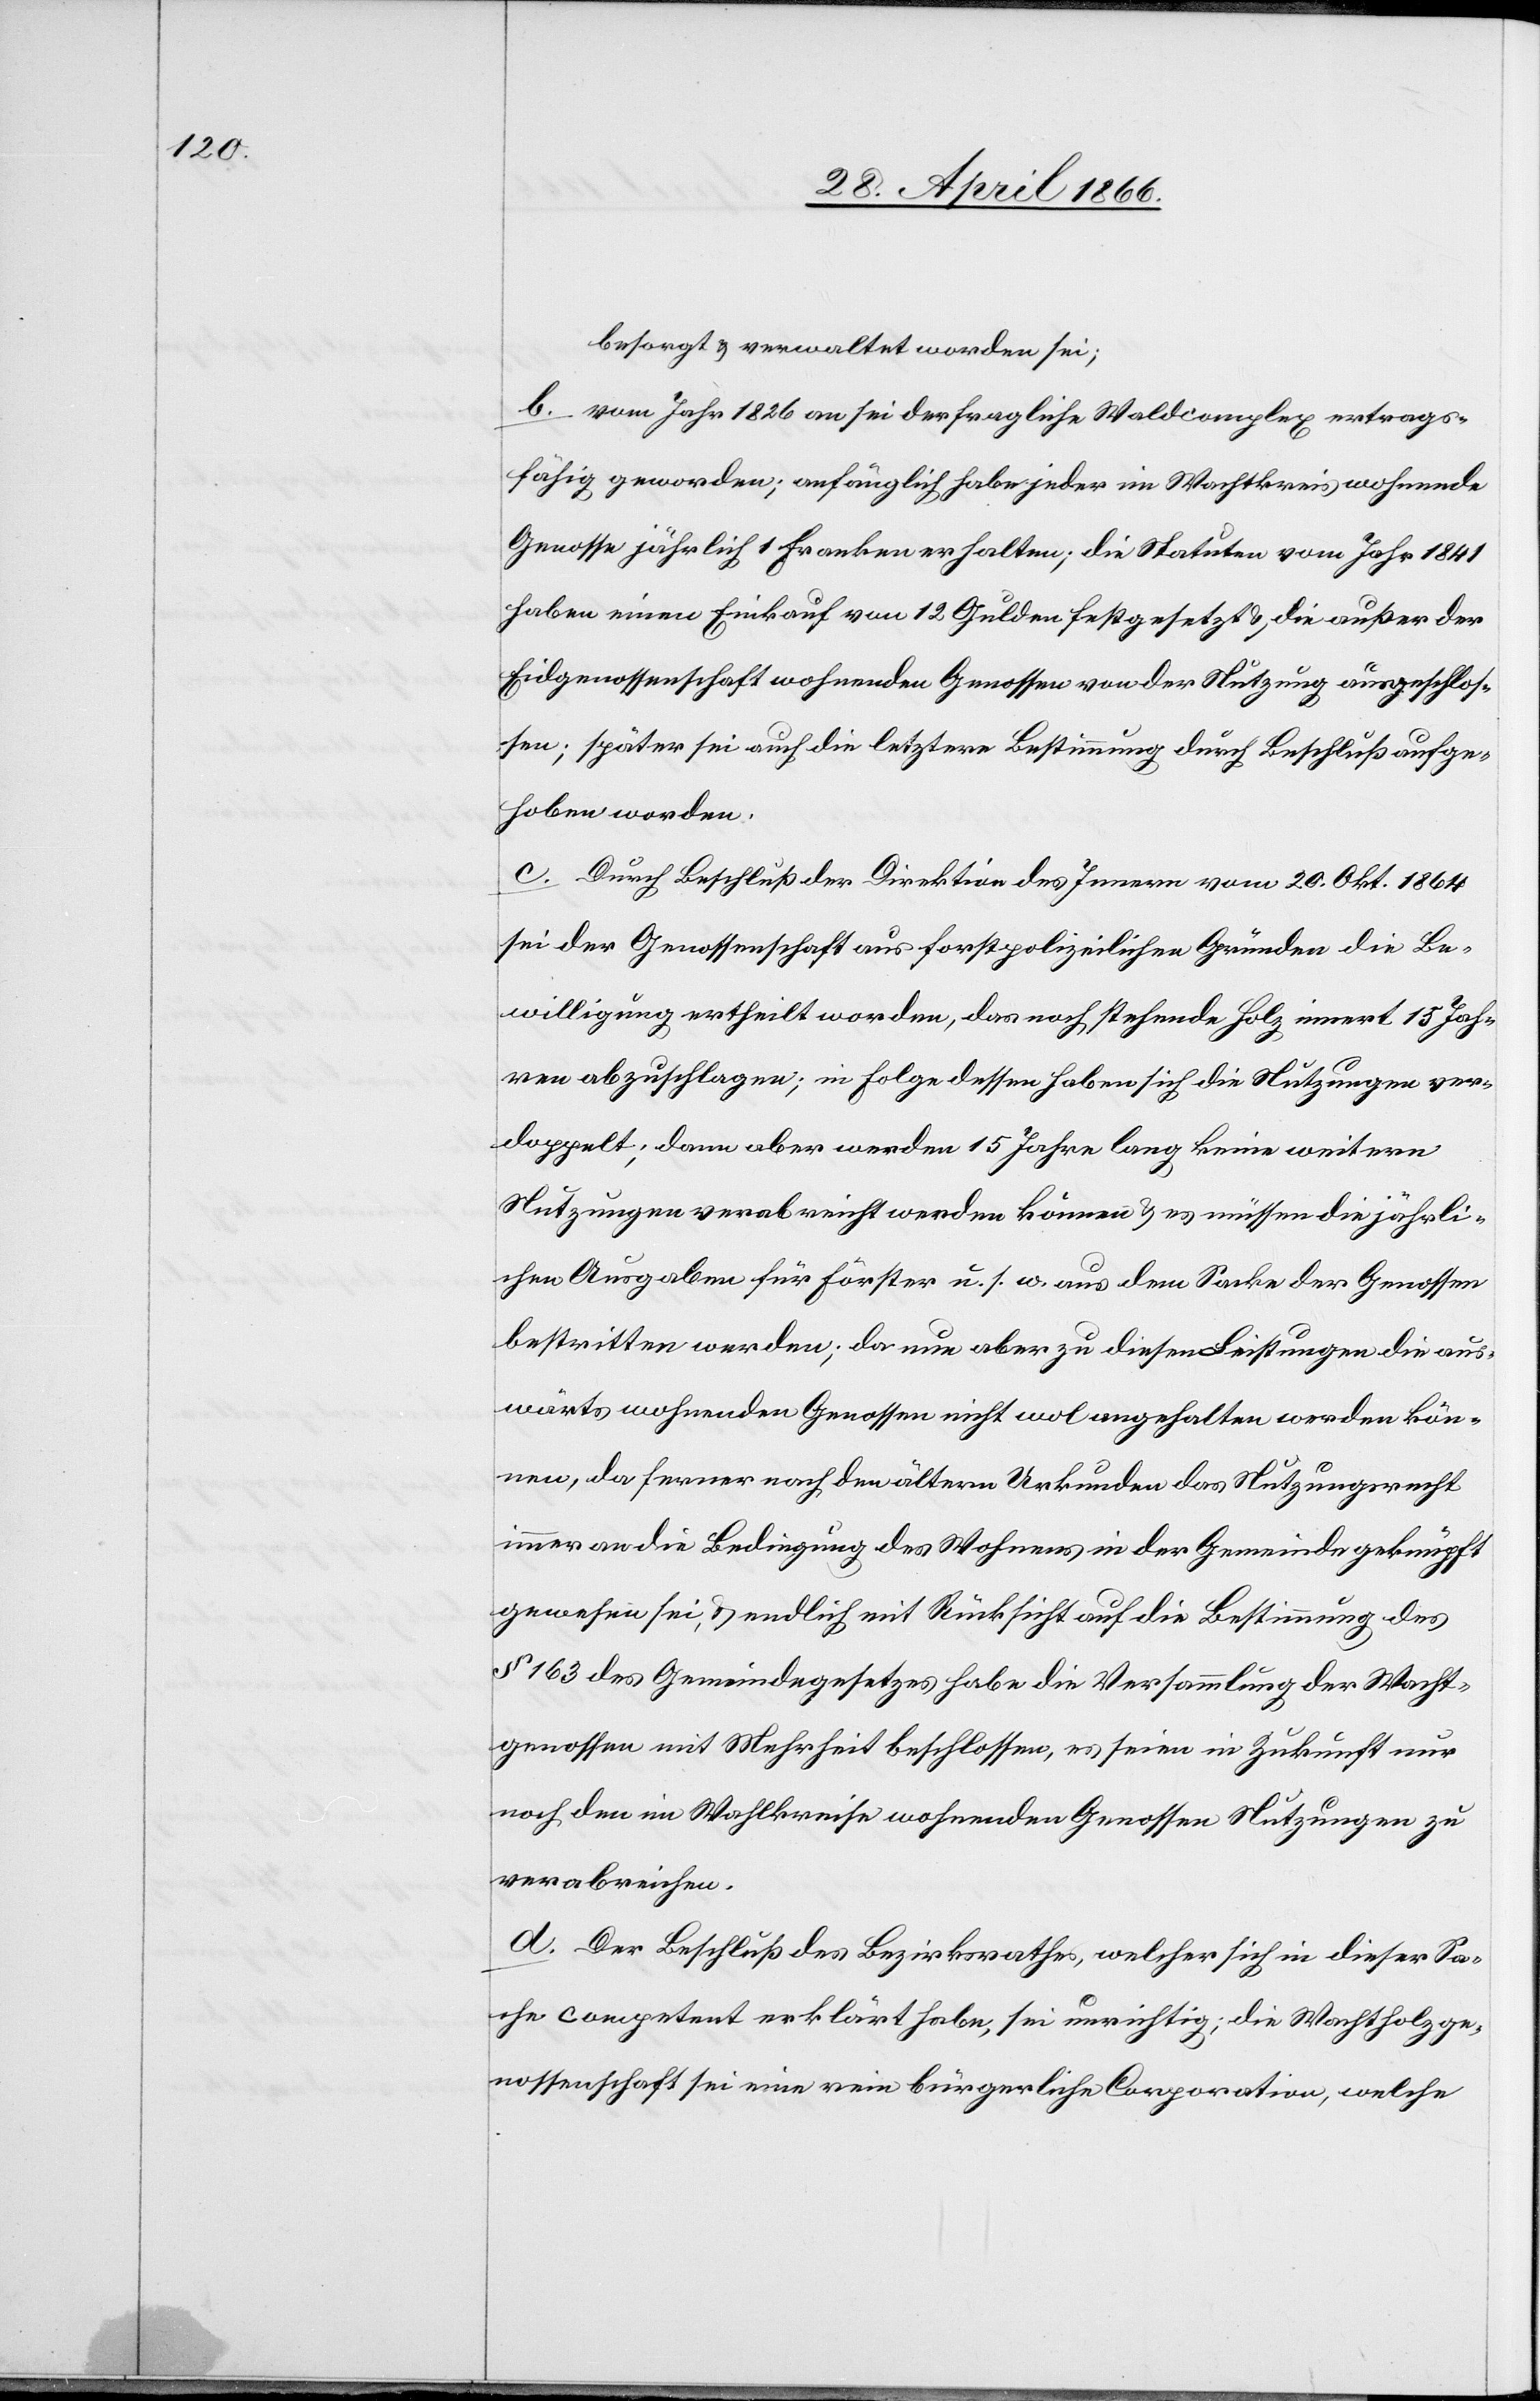
besorgt u. verwaltet worden sei.
b. vom Jahr 1826 an sei der fragliche Waldcomplex ertrag¬
fähig geworden; anfänglich habe jeder im Wahlkreis wohnende
Genosse jährlich 1 Franken erhalten; die Statuten vom Jahr 1841
haben einen Freikauf von 12 Gulden festgesetzt u. die außer der
Eidgenossenschaft wohnenden Genossen von der Nutzung ausgeschlos¬
sen; später sei auch die letztere Bestimmung durch Beschluß aufge¬
hoben worden.
c. Durch Beschluß der Direktion des Innern vom 20. Okt. 1864
sei der Genossenschaft aus forstpolizeilichen Gründen die Be¬
willigung ertheilt worden, das nachstehende Holz innert 15 Jah¬
ren abzuschlagen; in Folge dessen haben sich die Nutzungen ver¬
doppelt; dann aber werden 15 Jahre lang keine weitern
Nutzungen verabreicht werden können u. es müssen die jährli¬
chen Ausgaben für Förster u. s. w. aus dem Sacke der Genossen
bestritten werden; da nun aber zu diesen Leistungen die aus¬
wärts wohnenden Genossen nicht angehalten werden kön¬
nen, da ferner nach den ältern Urkunden das Nutzungsrecht
immer an die Bedingung des Wohnens in der Gemeinde geknüpft
gewesen sei, u. endlich mit Rücksicht auf die Bestimmung des
§ 163 des Gemeindegesetzes habe die Versammlung der Wacht¬
genossen mit Mehrheit beschlossen, es seien in Zukunft nur
noch den im Wahlkreise wohnenden Genossen Nutzungen zu
verabreichen.
d. Der Beschluß des Bezirksrathes, welcher sich in dieser Sa¬
che competent erklärt hat, sei unrichtig; die Wachtholzge¬
nossenschaft sei eine rein bürgerliche Corporation, welche